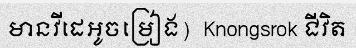
មានវីដេអូចម្រៀង)  Knongsrok ជីវិត